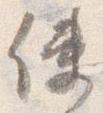
使